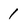
Character: 1